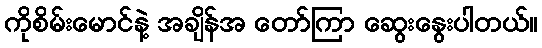
ကိုစိမ်းမောင်နဲ့ အချိန်အ တော်ကြာ ဆွေးနွေးပါတယ်။